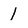
Character: 1